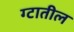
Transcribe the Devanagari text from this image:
ग्टातील